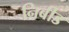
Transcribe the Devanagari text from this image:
निबीड